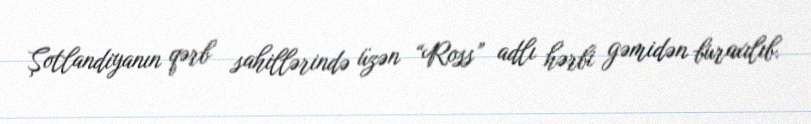
Şotlandiyanın qərb sahillərində üzən “Ross” adlı hərbi gəmidən buraxılıb.